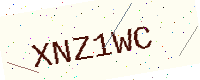
Text: XNZ1WC